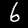
Label: 6